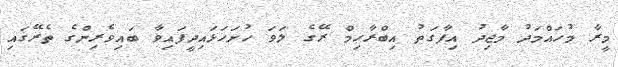
މީރާ މުހައްމަދު މާޖިދު އިފާގަތު އިބްރާހިމް ރޭގެ ލަވަ ހުށަހަޅައިދީފައިވާ ބައިވެރިންގެ ތެރޭގައި